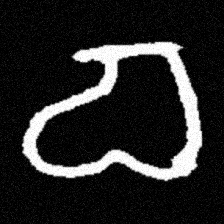
Pyu character \u2014 Myanmar letter: စ (romanized: ca)